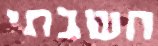
חשבתי